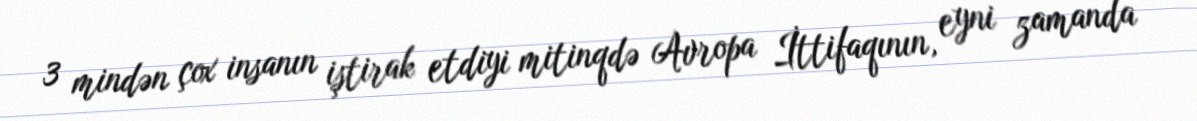
3 mindən çox insanın iştirak etdiyi mitinqdə Avropa İttifaqının, eyni zamanda